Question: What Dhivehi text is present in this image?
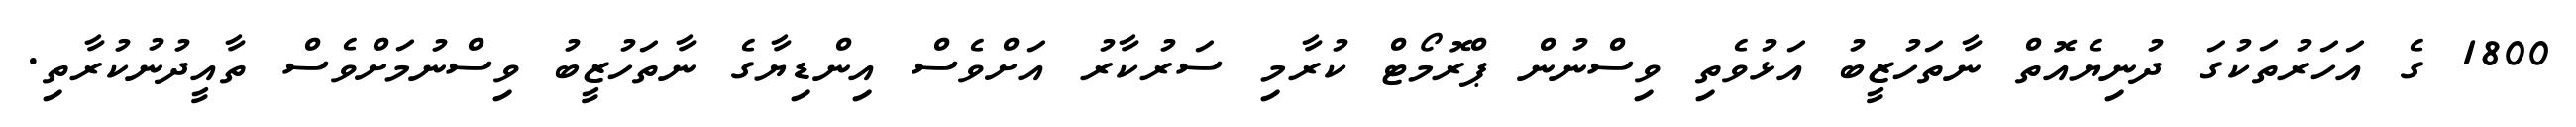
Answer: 1800 ގެ އަހަރުތަކުގަ ދުނިޔެއޮތް ނާތަހުޒީބު އަޅުވެތި ވިސްނުން ޕްރޮމޯޓް ކުރާމި ސަރުކާރު އަށްވެސް އިންޑިޔާގެ ނާތަހުޒީބު ވިސްނުމަށްވެސް ތާއީދުނުކުރާތި.